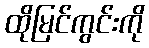
ထိုမြင်ကွင်းကို